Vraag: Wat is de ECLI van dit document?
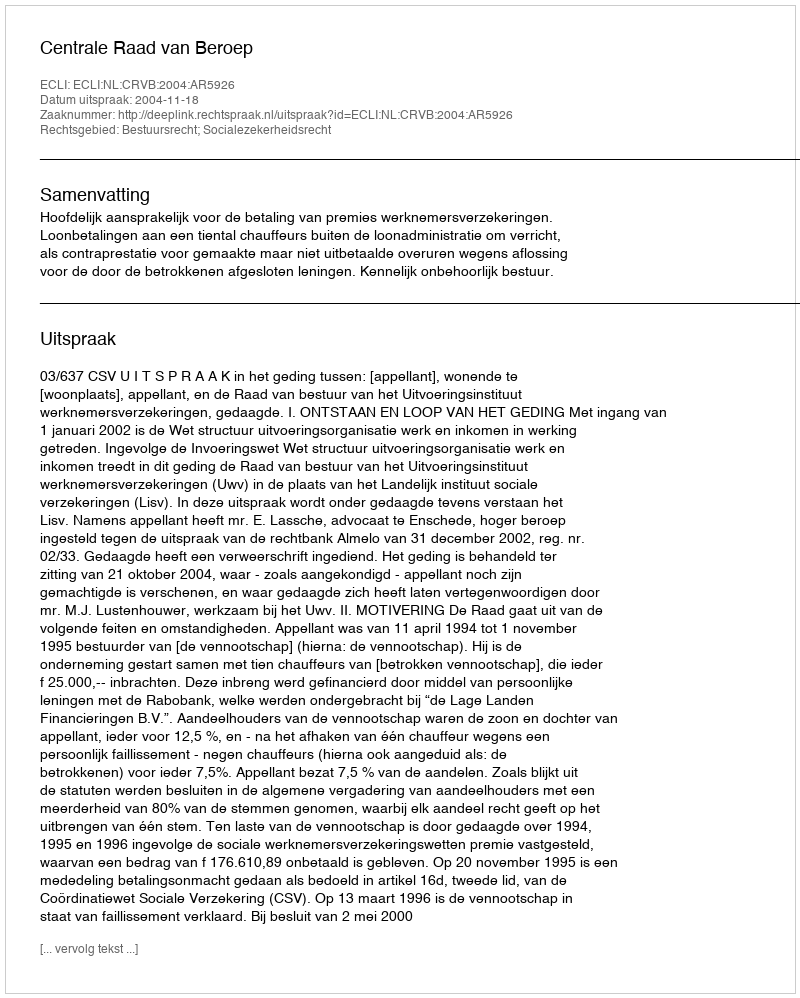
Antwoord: ECLI:NL:CRVB:2004:AR5926